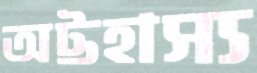
অট্টহাস্য